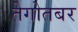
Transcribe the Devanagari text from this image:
तेगोतबर